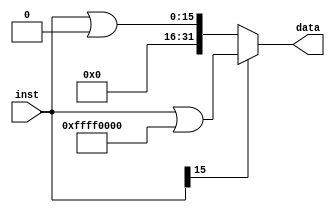
`timescale 1ns / 1ps
//////////////////////////////////////////////////////////////////////////////////
// Company: Shanghai Jiao Tong University
// 
// Design Name: 
// Module Name: signext
// Project Name: 
// Target Devices: 
// Tool Versions: 
// Description: 
// 
// Dependencies: 
// 
// Revision:
// Revision 0.01 - File Created
// Additional Comments:
// 
//////////////////////////////////////////////////////////////////////////////////


module signext(
    input [15:0] inst,
    output [31:0] data
    );

    assign data=(inst[15])?(inst|32'hffff0000):(inst|32'h00000000);

endmodule